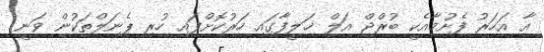
އާ އަހަރު ފެށުމާއެކީ ބުރްޖް އަލް ޚަލީފާގައި ހަރުކޮށްފައި ހުރި ޕެނަލްތަކުން ވަނީ